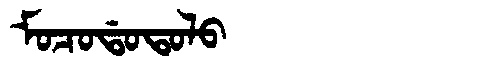
Manchu: ᠮᠣᠴᠣᡩᠣᡨᠣᠯᠣ
Romanization: MOCODOTOLO